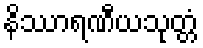
နိဿာရဏီယသုတ္တံ